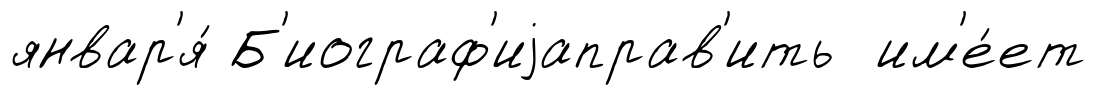
январ'я́ Б'иограф'иjаправ'ить им'е́ет